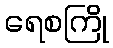
ရေစကြို